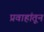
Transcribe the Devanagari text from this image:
प्रवाहांतून